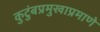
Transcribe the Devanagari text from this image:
कुटुंबप्रमुखाप्रमाणे